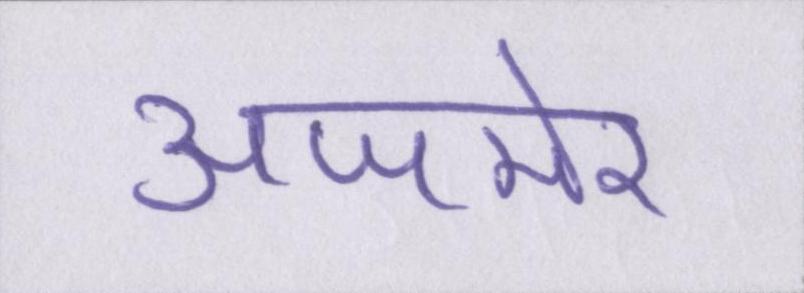
अजमेर